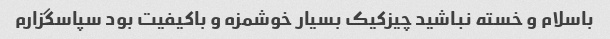
باسلام و خسته نباشید چیزکیک بسیار خوشمزه و باکیفیت بود سپاسگزارم